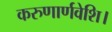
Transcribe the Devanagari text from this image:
करुणार्णवेशि।